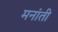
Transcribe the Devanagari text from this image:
मनांती